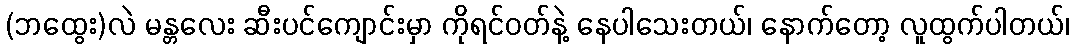
(ဘထွေး)လဲ မန္တလေး ဆီးပင်ကျောင်းမှာ ကိုရင်ဝတ်နဲ့ နေပါသေးတယ်၊ နောက်တော့ လူထွက်ပါတယ်၊